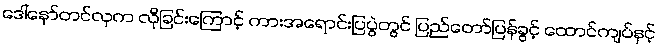
ဒေါ်နော်တင်လှက လိုခြင်းကြောင့် ကားအရောင်းပြပွဲတွင် ပြည်တော်ပြန်ခွင့် ထောင်ကျပ်နှင့်